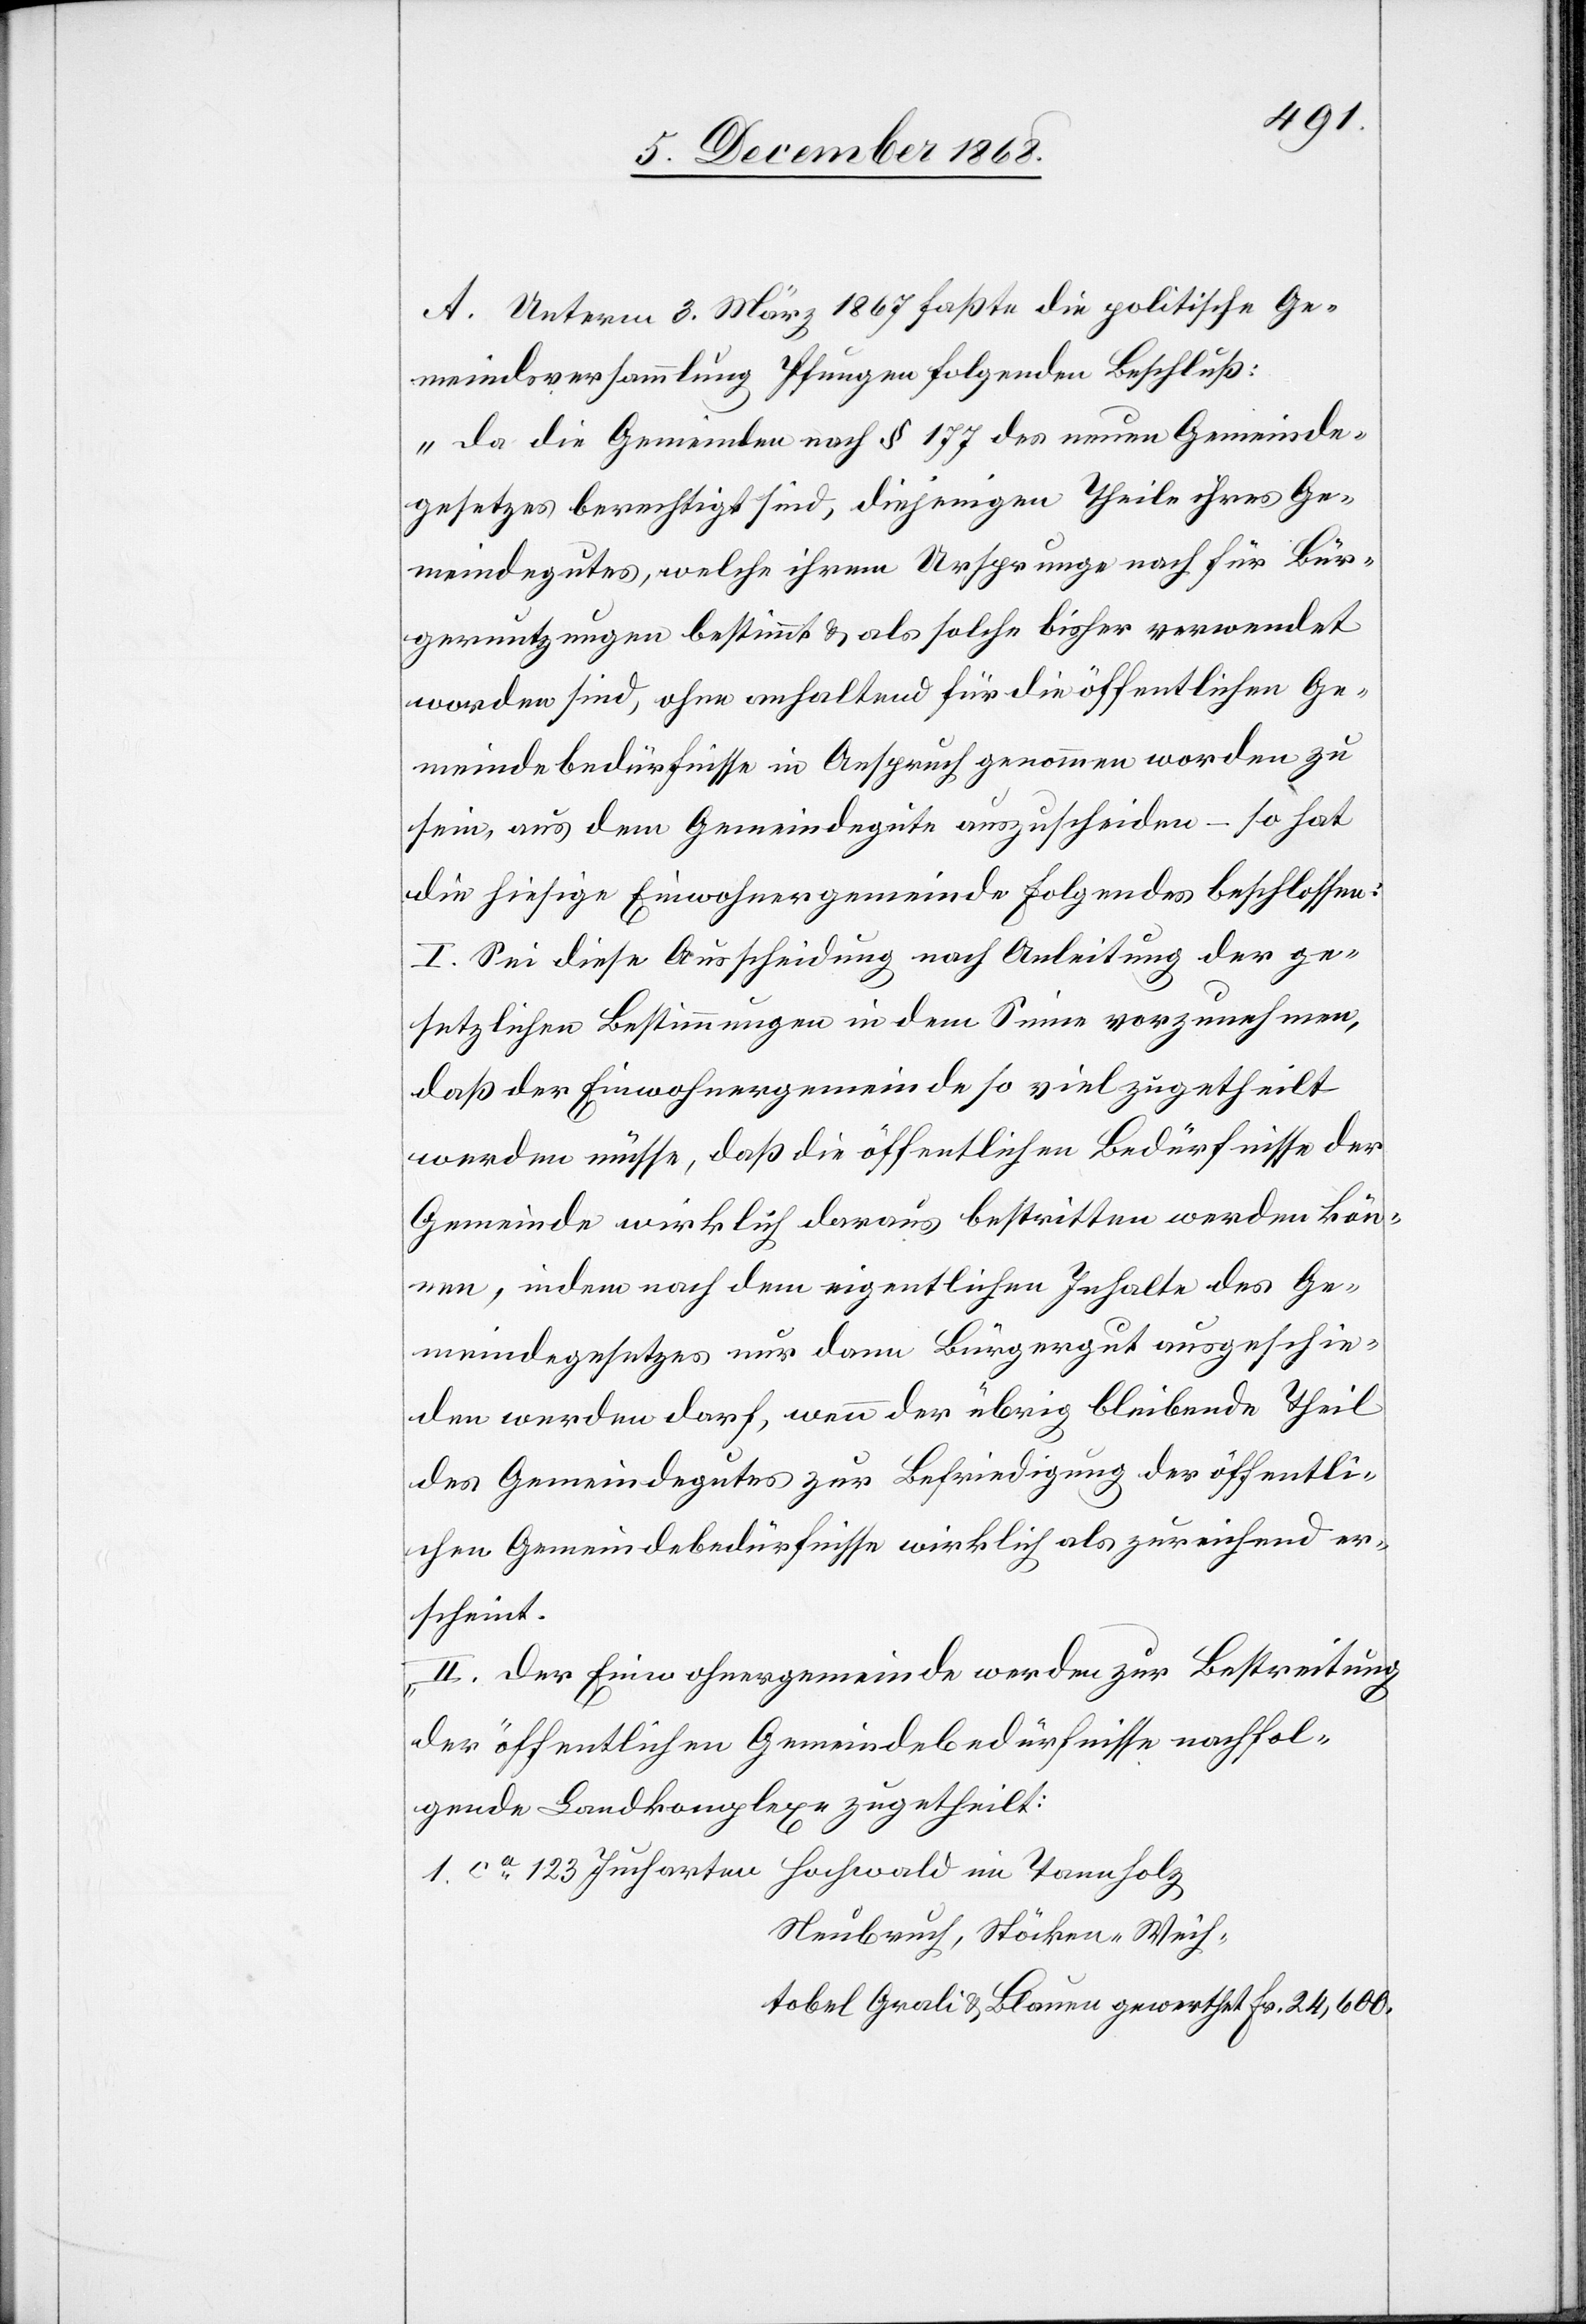
tobel
A. Unterm 3. März 1867 faßte die politische Ge¬
meindsversammlung Pfungen folgenden Beschluß:
„Da die Gemeinden nach § 177 des neuen Gemeinde¬
gesetzes berechtigt sind, diejenigen Theile ihres Ge¬
meindegutes, welche ihrem Ursprunge nach für Bür¬
gernutzungen bestimmt & als solche bisher verwendet
worden sind, ohne anhaltend für die öffentlichen Ge¬
meindebedürfnisse in Anspruch genommen worden zu
sein, aus dem Gemeindegute auszuscheiden – so hat
die hiesige Einwohnergemeinde Folgendes beschlossen:
I. Sei diese Ausscheidung nach Anleitung der ge¬
setzlichen Bestimmungen in dem Sinne vorzunehmen,
daß der Einwohnergemeinde so viel zugetheilt
werden müsse, daß die öffentlichen Bedürfnisse der
Gemeinde wirklich daraus bestritten werden kön¬
nen, indem nach dem eigentlichen Inhalte des Ge¬
meindegesetzes nur dann Bürgergut ausgeschie¬
den werden darf, wenn der übrig bleibende Theil
des Gemeindegutes zur Befriedigung der öffentli¬
chen Gemeindebedürfnisse wirklich als zureichend er¬
scheint.
II. Der Einwohnergemeinde werden zur Bestreitung
der öffentlichen Gemeindebedürfnisse nachfol¬
gende Landkomplexe zugetheilt:
Neubruch, Stöcken-Weih¬